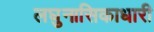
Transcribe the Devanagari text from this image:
लघुनासिकाधारी